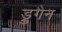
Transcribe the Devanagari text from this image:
ड्रुगैन